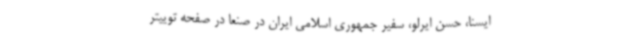
ایسنا، حسن ایرلو، سفیر جمهوری اسلامی ایران در صنعا در صفحه توییتر